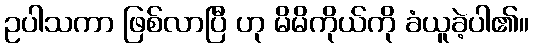
ဥပါသကာ ဖြစ်လာပြီ ဟု မိမိကိုယ်ကို ခံယူခဲ့ပါ၏။